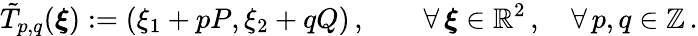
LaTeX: \tilde{T}_{p,q}(\boldsymbol{\xi}):=(\xi_{1}+pP,\xi_{2}+qQ)\, ,\qquad\forall\, \boldsymbol{\xi}\in\mathbb{R}^{2}\, ,\quad\forall\, p,q\in\mathbb{Z}\, .